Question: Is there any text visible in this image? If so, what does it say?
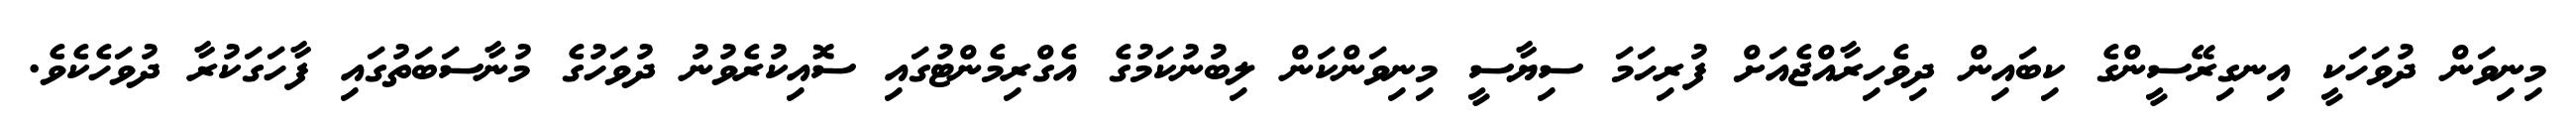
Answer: މިނިވަން ދުވަހަކީ އިނގިރޭސީންގެ ކިބައިން ދިވެހިރާއްޖެއަށް ފުރިހަމަ ސިޔާސީ މިނިވަންކަން ލިބުނުކަމުގެ އެގްރިމެންޓުގައި ސޮއިކުރެވުނު ދުވަހުގެ މުނާސަބަތުގައި ފާހަގަކުރާ ދުވަހެކެވެ.